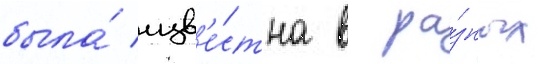
была́ изв'е́стна в ра́зных